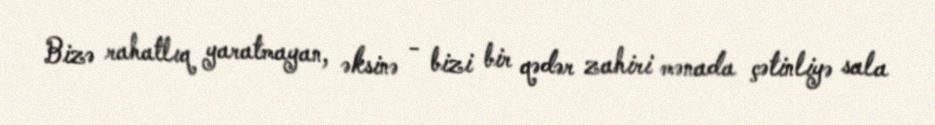
Bizə rahatlıq yaratmayan, əksinə - bizi bir qədər zahiri mənada çətinliyə sala